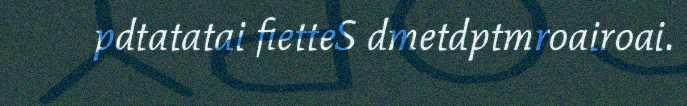
pdtatatai fietteS dmetdptmroairoai.